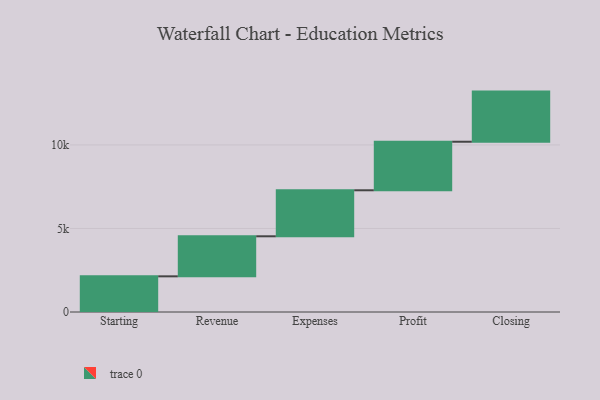
{"axis": {"x": "Step", "y": "Value"}, "legend": [""], "data": [{"x": "Starting", "y": 2135.0, "type": ""}, {"x": "Revenue", "y": 2396.0, "type": ""}, {"x": "Expenses", "y": 2754.0, "type": ""}, {"x": "Profit", "y": 2906.0, "type": ""}, {"x": "Closing", "y": 3000, "type": ""}]}